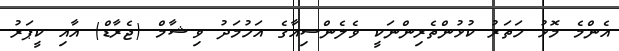
އެންމެ މޮޅު ހަތަރު ކުޅުންތެރިންނަކީ ވެލެންސިއާގެ އަހުމަދު ވިޝާމް (ޖެރާޑް) އާއި ކީޕަރު